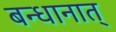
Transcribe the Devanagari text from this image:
बन्धानात्